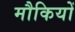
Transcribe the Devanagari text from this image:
मौकियों